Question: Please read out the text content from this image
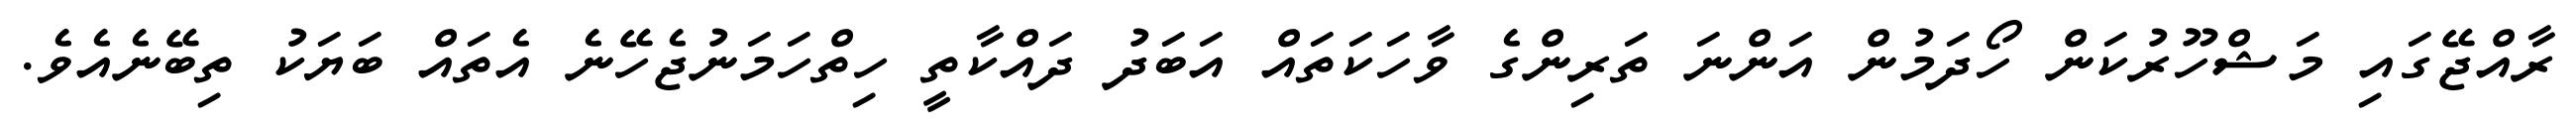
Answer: ރާއްޖޭގައި މަޝްހޫރުކަން ހޯދަމުން އަންނަ ތަރިންގެ ވާހަކަތައް އަބަދު ދައްކާތީ ހިތްހަމަނުޖެހޭނެ އެތައް ބަޔަކު ތިބޭނެއެވެ.